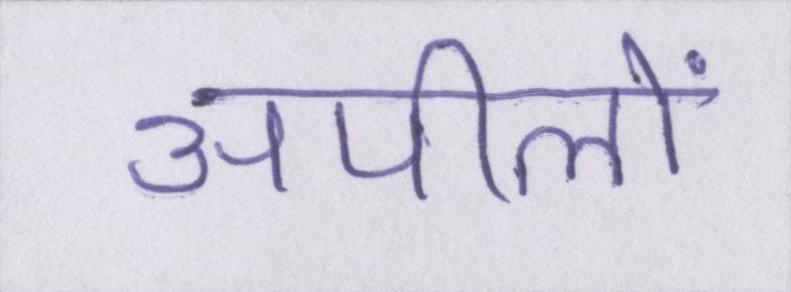
अपीलों